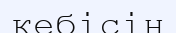
кебісін